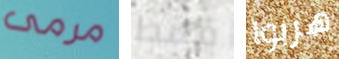
مرمى فقط هربوا